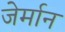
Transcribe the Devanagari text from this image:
जेर्मान